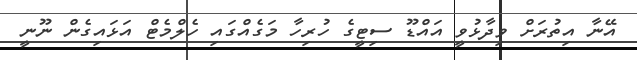
އޭނާ އިތުރަށް ވިދާޅުވީ އައްޑޫ ސިޓީގެ ހުރިހާ މަގެއްގައި ހެލްމެޓް އަޅައިގެން ނޫނީ